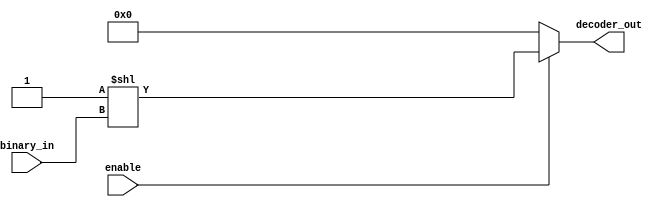
module decoder(
binary_in   , //  4 bit entrada binaria
decoder_out , //  16-bit saida 
enable        //  Ligar para decodificar
);

	input [3:0] binary_in;
	input  enable ; 
	output [15:0] decoder_out ; 
        
	wire [15:0] decoder_out ; 

	assign decoder_out = (enable) ? (1 << binary_in) : 16'b0 ;

endmodule